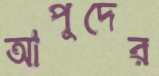
আপুদের